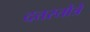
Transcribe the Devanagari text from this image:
दत्तस्तोत्रे